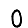
Digit: 0